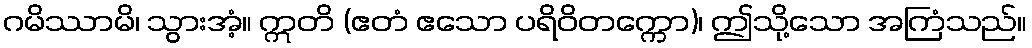
ဂမိဿာမိ၊ သွားအံ့။ ဣတိ (ဧတံ ဧသော ပရိဝိတက္ကော)၊ ဤသို့သော အကြံသည်။